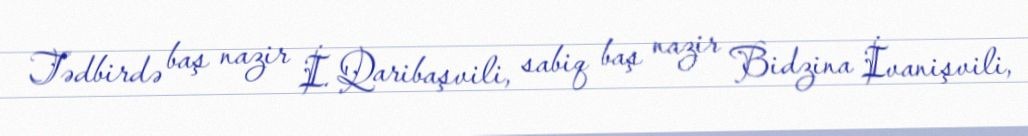
Tədbirdə baş nazir İ. Qaribaşvili, sabiq baş nazir Bidzina İvanişvili,